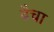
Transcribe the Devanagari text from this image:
ढैचा